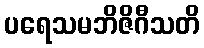
ပရေသမဘိဇိဂီသတိ